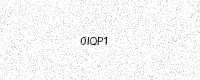
Text: 0IQP1